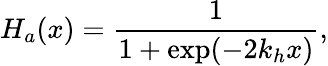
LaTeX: H_{a}(x)=\frac{1}{1+\exp(-2k_{h}x)},